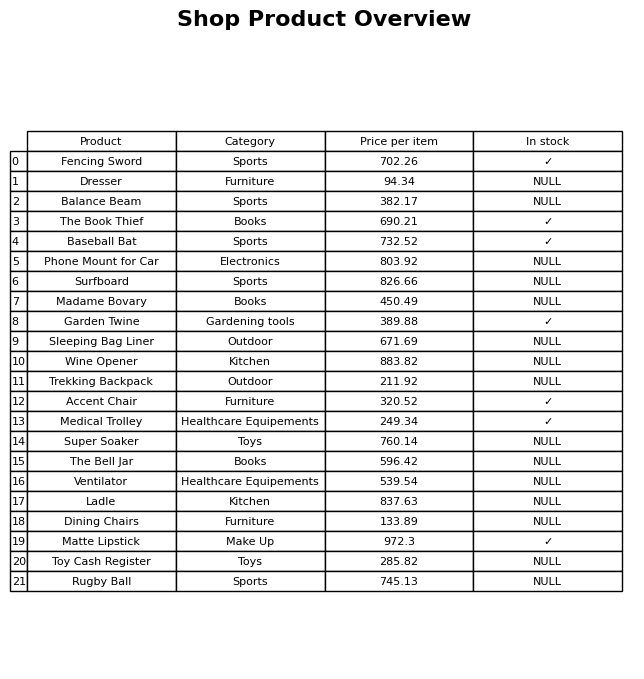
question: What is the price for Dresser?
answer: The price of Dresser is 94.34.